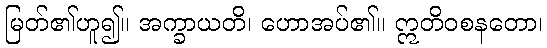
မြတ်၏ဟူ၍။ အက္ခာယတိ၊ ဟောအပ်၏။ ဣတိဝစနတော၊